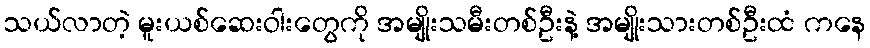
သယ်လာတဲ့ မူးယစ်ဆေးဝါးတွေကို အမျိုးသမီးတစ်ဦးနဲ့ အမျိုးသားတစ်ဦးထံ ကနေ